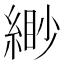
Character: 緲